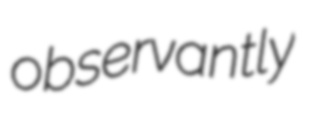
observantly